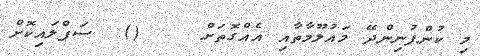
މި ކުންފުނިންދޭ މައުލޫމާތާއި އެއްގޮތަށް    ()  ސަޕްލައިކޮށް